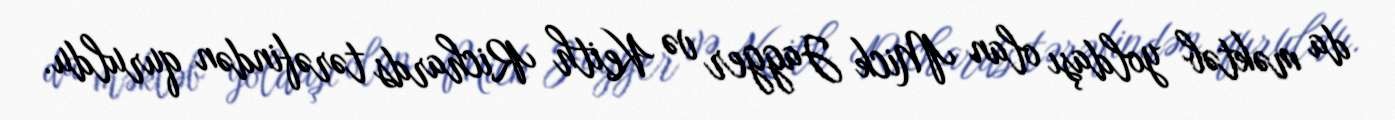
da məktəb yoldaşı olan Mick Jagger və Keith Richards tərəfindən quruldu.